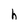
Character: h